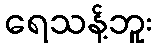
ရေသန့်ဘူး